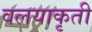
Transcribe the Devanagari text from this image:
वलयाकृती